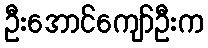
ဦးအောင်ကျော်ဦးက